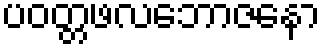
ပဝတ္တဖလဘောဇနော